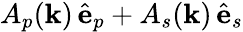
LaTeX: A_{p}(\mathbf{k})\, \hat{\mathbf{e}}_{p}+A_{s}(\mathbf{k})\, \hat{\mathbf{e}}_{s}